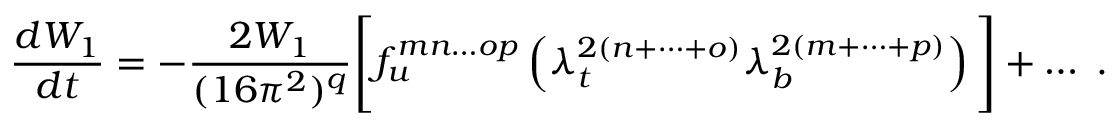
{ \frac { d W _ { 1 } } { d t } } = - { \frac { 2 W _ { 1 } } { ( 1 6 \pi ^ { 2 } ) ^ { q } } } \Bigg [ f _ { u } ^ { m n \dots o p } \left( \lambda _ { t } ^ { 2 ( n + \dots + o ) } \lambda _ { b } ^ { 2 ( m + \dots + p ) } \right) \Bigg ] + \dots \; .